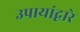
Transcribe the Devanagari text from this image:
उपायांद्वारे